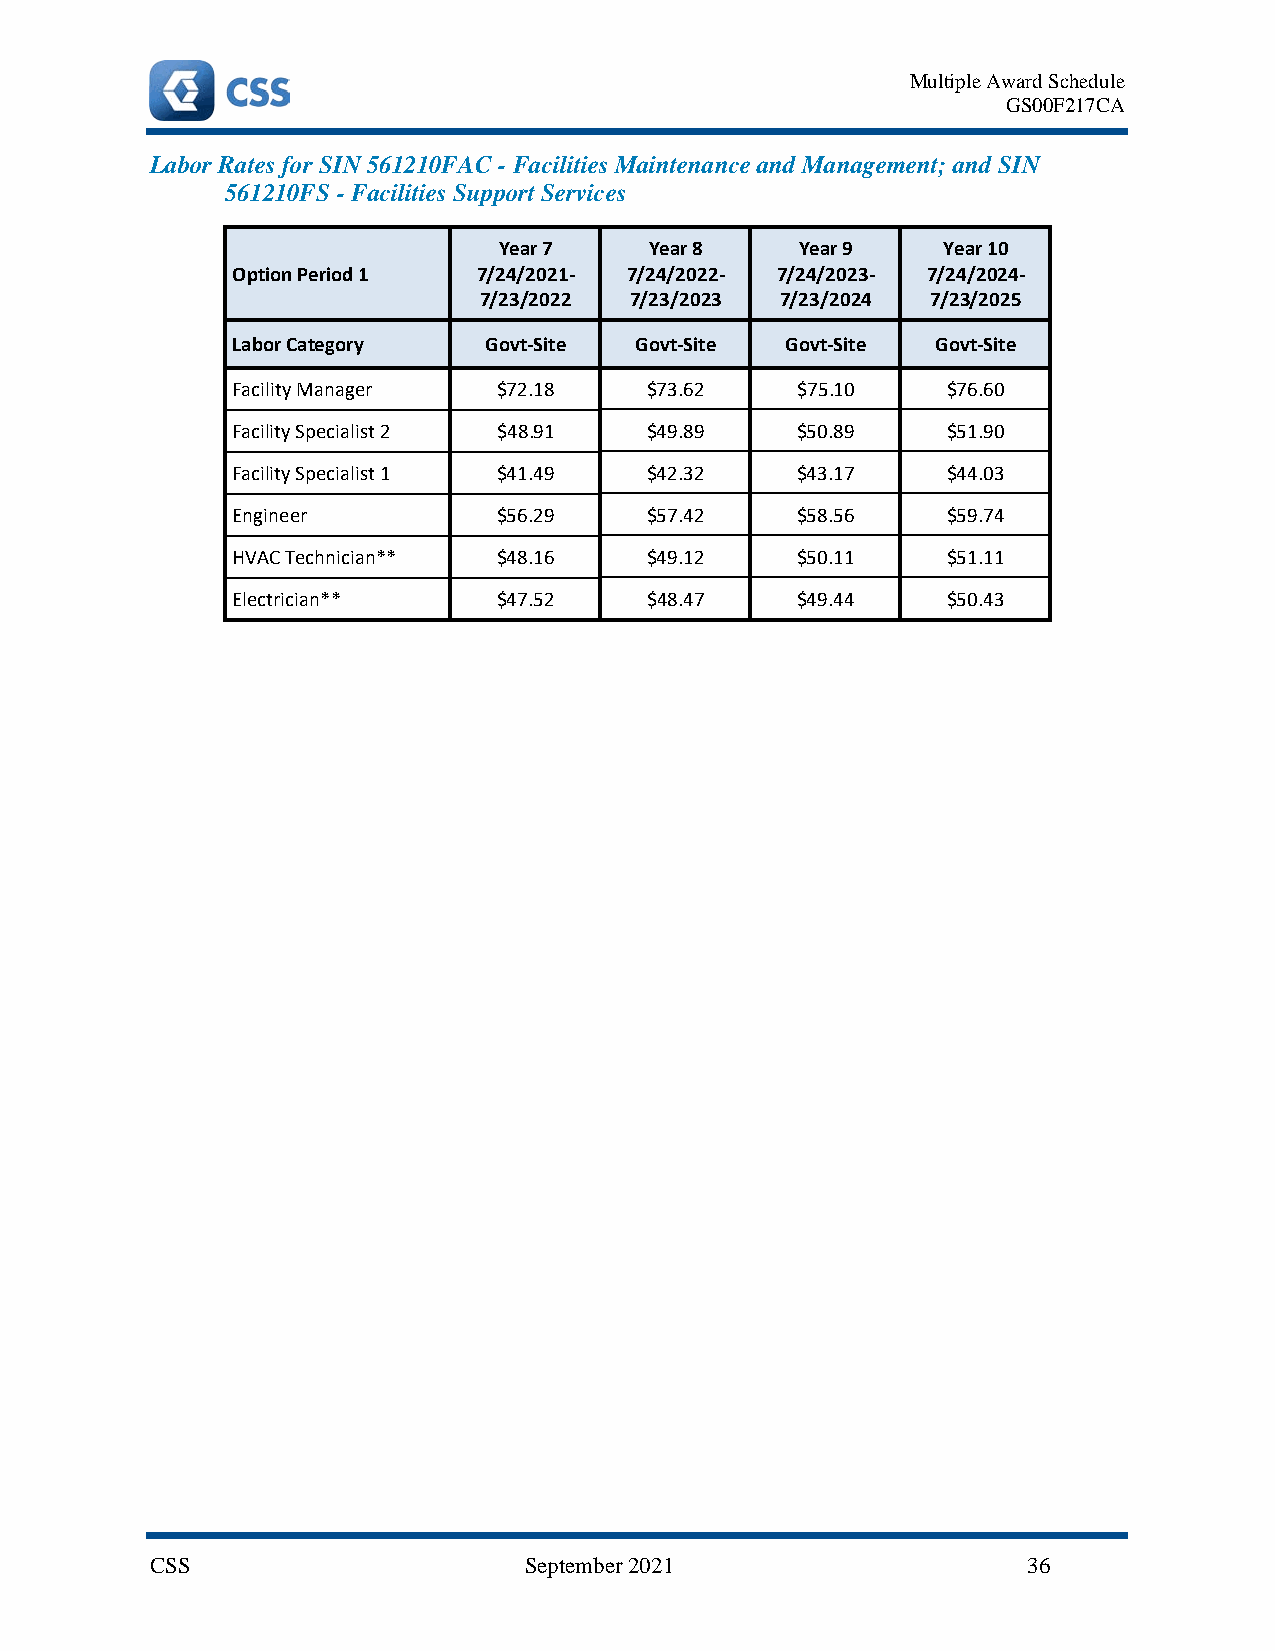
Multiple Award Schedule
 GS00F217CA
 Labor Rates for SIN 561210FAC - Facilities Maintenance and Management; and SIN
 561210FS - Facilities Support Services
 Year 7    Year 8    Year 9   Year 10
 Option Period 1  7/24/2021- 7/24/2022- 7/24/2023- 7/24/2024-
 7/23/2022 7/23/2023 7/23/2024 7/23/2025
 Labor Category   Govt-Site Govt-Site Govt-Site Govt-Site
 Facility Manager  $72.18    $73.62    $75.10    $76.60
 Facility Specialist 2 $48.91 $49.89   $50.89    $51.90
 Facility Specialist 1 $41.49 $42.32   $43.17    $44.03
 Engineer          $56.29    $57.42    $58.56    $59.74
 HVAC Technician** $48.16    $49.12    $50.11    $51.11
 Electrician**     $47.52    $48.47    $49.44    $50.43
 CSS                      September 2021                   36